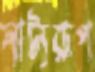
নাট্যরূপ